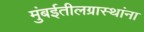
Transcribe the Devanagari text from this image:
मुंबईतीलग्रास्‍थांना